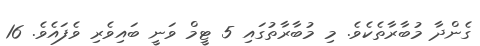
ގެންދާ މުބާރާތެކެވެ. މި މުބާރާތުގައި 5 ޓީމް ވަނީ ބައިވެރި ވެފައެވެ. 16